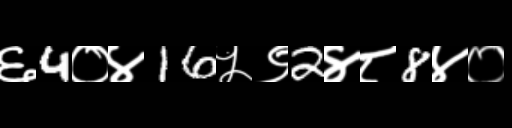
Text: ६4०४16५९2४८8४०